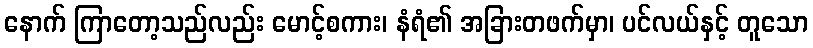
နောက် ကြာတော့သည်လည်း မောင့်စကား၊ နံရံ၏ အခြားတဖက်မှာ၊ ပင်လယ်နှင့် တူသော